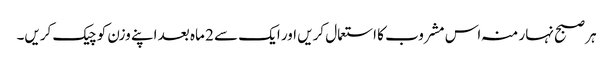
ہر صبح نہار منہ اس مشروب کا استعمال کریں اور ایک سے 2 ماہ بعد اپنے وزن کو چیک کریں۔